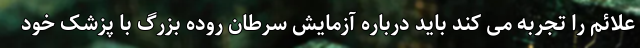
علائم را تجربه می کند باید درباره آزمایش سرطان روده بزرگ با پزشک خود